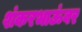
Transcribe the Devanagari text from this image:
शंकरभाऊंवर